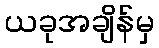
ယခုအချိန်မှ